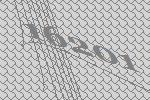
16201